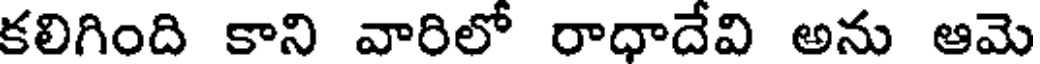
కలిగింది కాని వారిలో రాధాదేవి అను ఆమె